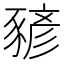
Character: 𧱱